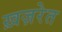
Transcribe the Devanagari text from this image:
ख़ज़रेत